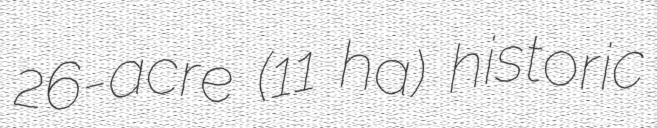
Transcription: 26-acre (11 ha) historic